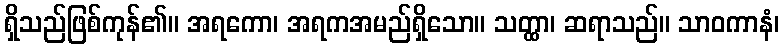
ရှိသည်ဖြစ်ကုန်၏။ အရကော၊ အရကအမည်ရှိသော။ သတ္ထာ၊ ဆရာသည်။ သာဝကာနံ၊